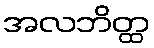
အလဘိတ္ထ